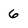
Character: 6